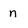
Character: n